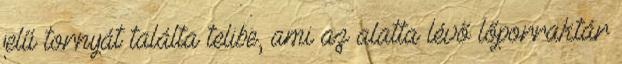
jelű tornyát találta telibe, ami az alatta lévő lőporraktár